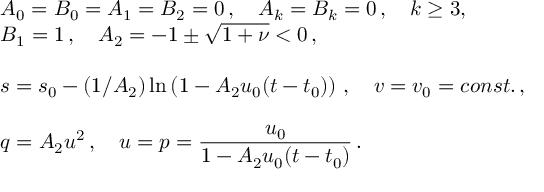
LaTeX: \begin{array} { l } { { A _ { 0 } = B _ { 0 } = A _ { 1 } = B _ { 2 } = 0 \, , \quad A _ { k } = B _ { k } = 0 \, , \quad k \geq 3 , } } \\ { { B _ { 1 } = 1 \, , \quad A _ { 2 } = - 1 \pm \sqrt { 1 + \nu } < 0 \, , } } \\ { { \mathrm { } } } \\ { { \displaystyle { s = s _ { 0 } - ( 1 / A _ { 2 } ) \ln \left( 1 - A _ { 2 } u _ { 0 } ( t - t _ { 0 } ) \right) \, , \quad v = v _ { 0 } = c o n s t . \, , } } } \\ { { \mathrm { } } } \\ { { \displaystyle { q = A _ { 2 } u ^ { 2 } \, , \quad u = p = \frac { u _ { 0 } } { 1 - A _ { 2 } u _ { 0 } ( t - t _ { 0 } ) } \, . } } } \end{array}